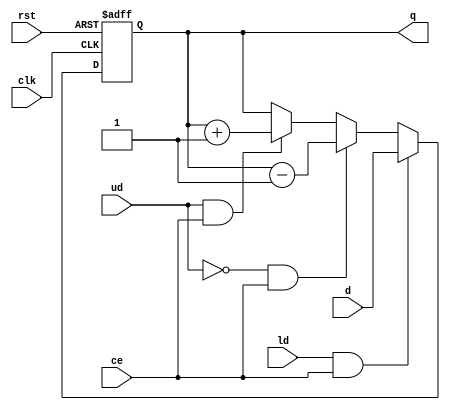
`timescale 1ns / 1ps

module updown#(parameter WIDTH=8)(
	//Control inputs
	input rst,
	input ld,
	input clk,
	input ce,
	//Data inputs
	input [WIDTH-1:0]d,
	//Data control signals
	input ud,
	//Outputs
	output reg [WIDTH-1:0]q
);
	always @(posedge clk, posedge rst) begin
		//Async reset
		if(rst)begin
			q <= 0;
			//$display("COUNT: Reset");
		end
		//Synchronous load
		else if(ld & ce) begin
			q <= d;
			//$display("COUNT: Loaded %d", q);
		end
		//Synchronous down count
		else if(!ud & ce) begin
			q <= q - 1;
			//$display("COUNT: --, %d", q);
		end
		//Synchronous up count
		else if(ud & ce) begin
			q <= q + 1;
			//$display("COUNT: ++, %d", q);
		end
		//Otherwise, hold state
		else begin
			q <= q;
		end
	end
	// else begin
	// else if(clk) begin
	//Synchronous load
	// if(ld & ce) begin
	// q <= d;
	//$display("COUNT: Loaded %d", q);
	// end
	//Synchronous down count
	// else if(!ud & ce) begin
	// q <= q - 1;
	//$display("COUNT: --, %d", q);
	// end
	//Synchronous up count
	// else if(ud & ce) begin
	// q <= q + 1;
	//$display("COUNT: ++, %d", q);
	// end
	//Otherwise, hold state
	// else begin
	// q <= q;
	// end
	// end
	// end
endmodule